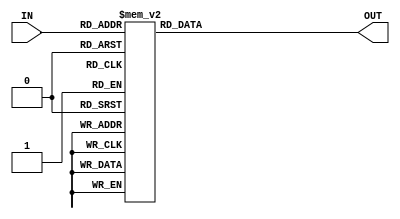
`timescale 1ns / 1ps
module DECODER(
input [3:0] IN,
output reg [15:0] OUT
);
    always @(IN) begin
        case(IN)
            4'd0 : OUT = 16'b0000000000000001;
            4'd1 : OUT = 16'b0000000000000010;
            4'd2 : OUT = 16'b0000000000000100;
            4'd3 : OUT = 16'b0000000000001000;
            4'd4 : OUT = 16'b0000000000010000;
            4'd5 : OUT = 16'b0000000000100000;
            4'd6 : OUT = 16'b0000000001000000;
            4'd7 : OUT = 16'b0000000010000000;
            4'd8 : OUT = 16'b0000000100000000;
            4'd9 : OUT = 16'b0000001000000000;
            4'd10 : OUT = 16'b0000010000000000;
            4'd11 : OUT = 16'b0000100000000000;
            4'd12 : OUT = 16'b0001000000000000;
            4'd13 : OUT = 16'b0010000000000000;
            4'd14 : OUT = 16'b0100000000000000;
            4'd15 : OUT = 16'b1000000000000000;
            default : OUT=16'b0;
        endcase
    end
endmodule